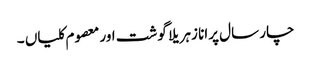
چار سال پرانا زہریلا گوشت اور معصوم کلیاں ۔